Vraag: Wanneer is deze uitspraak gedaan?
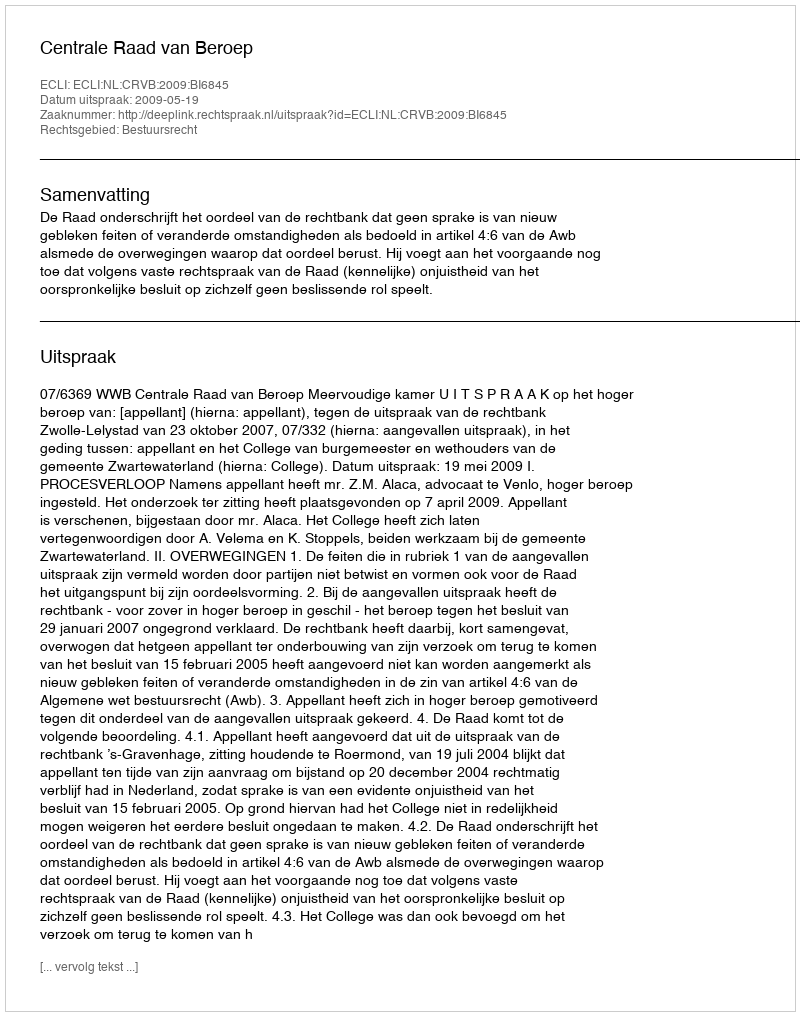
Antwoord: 2009-05-19